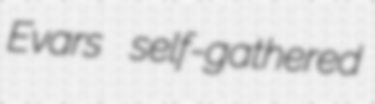
Evars self-gathered